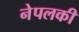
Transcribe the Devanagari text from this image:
नेपलकी